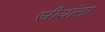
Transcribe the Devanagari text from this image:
स्रीयांना